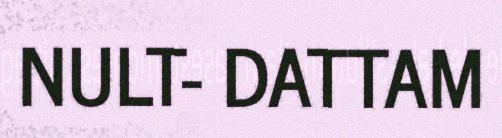
NULT- DATTAM